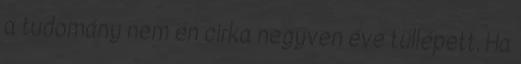
a tudomány nem én cirka negyven éve túllépett. Ha